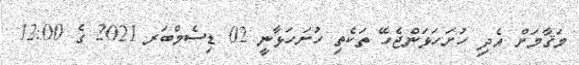
މަޤާމަށް އެދި ހުށަހަޅަންޖެހޭ ތަކެތި ހުށަހަޅާނީ 02 ޑިސެމްބަރ 2021 ގެ 12:00